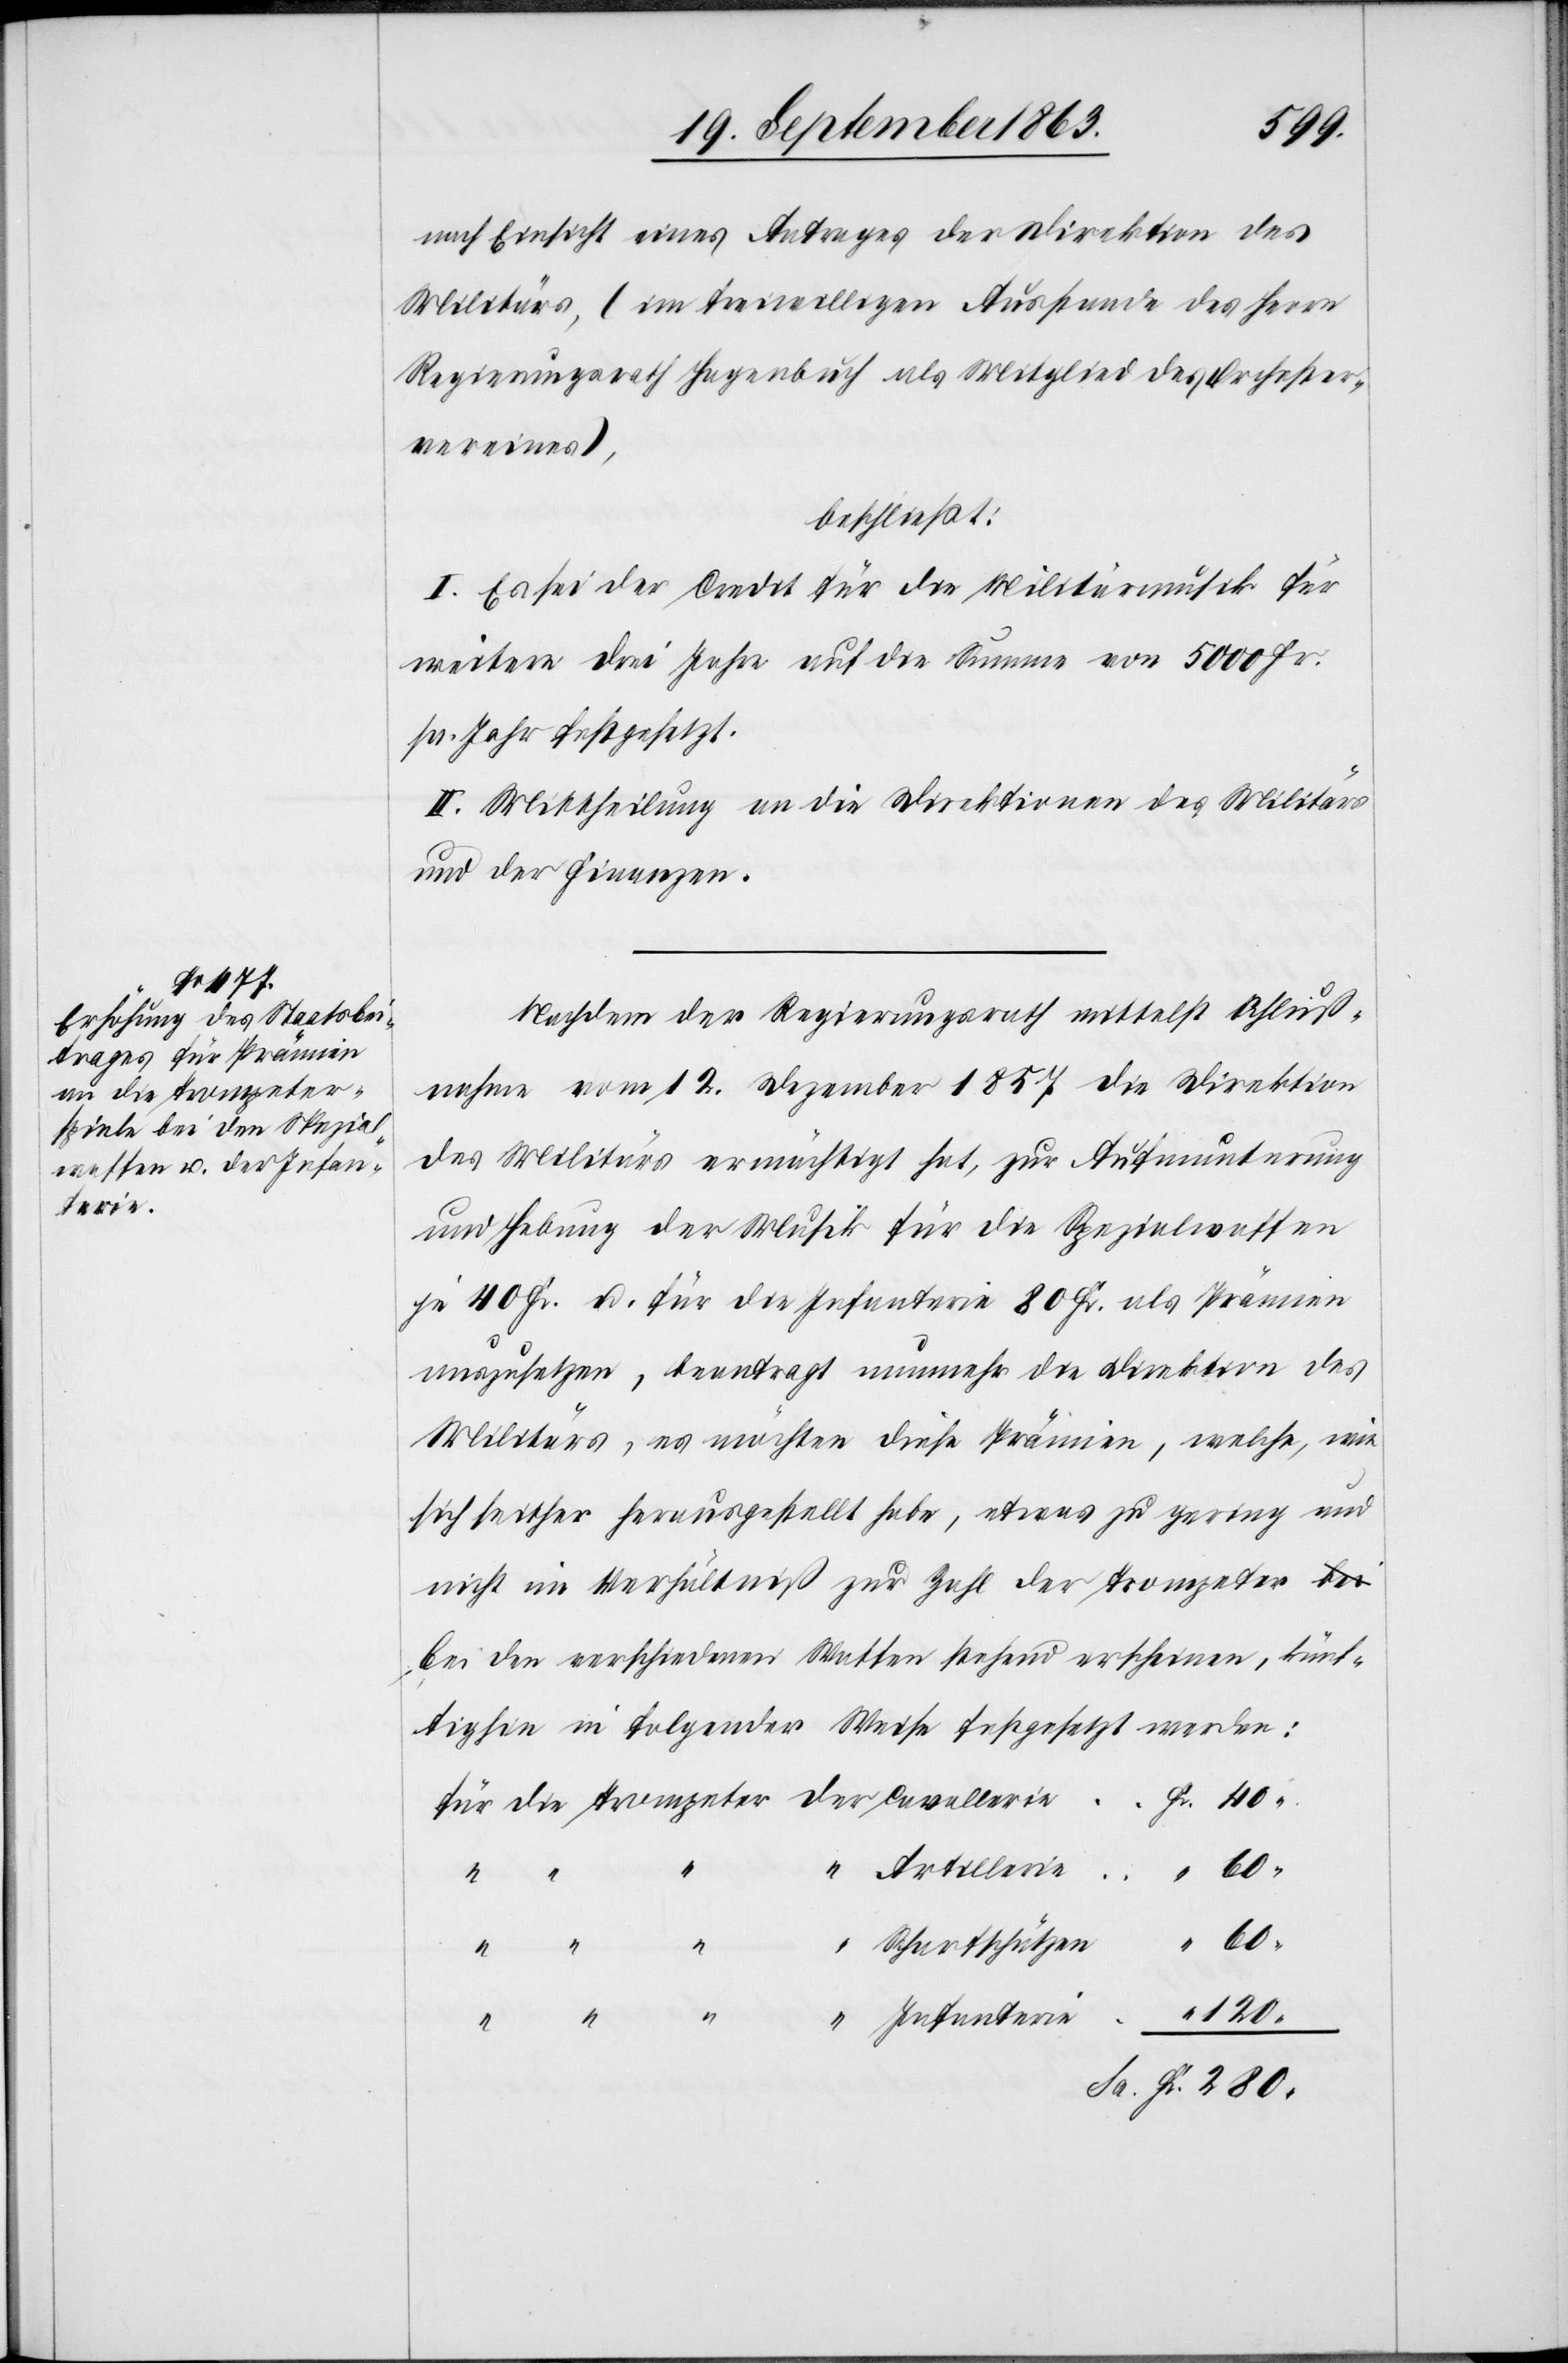
nach Einsicht eines Antrages der Direktion des
Militärs, (im freiwilligen Ausstande des Herrn
Regierungsrath Hagenbuch als Mitglied des Orchester¬
vereines),
beschließt:
I. Es sei der Credit für die Militärmusik für
weitere drei Jahre auf die Summe von 5000 Fr.
pr. Jahr festgesetzt.
II. Mittheilung an die Direktionen des Militärs
und der Finanzen.
Nachdem der Regierungsrath mittelst Schluß¬
nahme vom 12. Dezember 1857 die Direktion
des Militärs ermächtigt hat, zur Aufmunterung
und Hebung der Musik für die Spezialwaffen
je 40 Fr. u. für die Infanterie 80 Fr. als Prämien
auszusetzen, beantragt nunmehr die Direktion des
Militärs, es möchten diese Prämien, welche, wie
sich seither herausgestellt habe, etwas zu gering und
nicht im Verhältniß zur Zahl der Trompeter b¬
ei den verschiedenen Waffen stehend erscheinen, künf¬
tighin in folgender Weise festgesetzt werden:
280.
40.